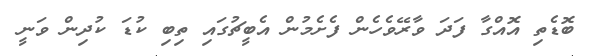
ބޮޑެތި އޮއްގާ ފަދަ ވާރޭވެހެން ފެށެމުން އެބީޗުގައި ތިބި ކުޑަ ކުދިން ވަނީ